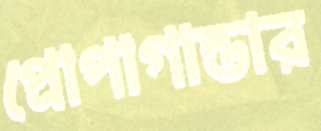
প্রোপাগান্ডার